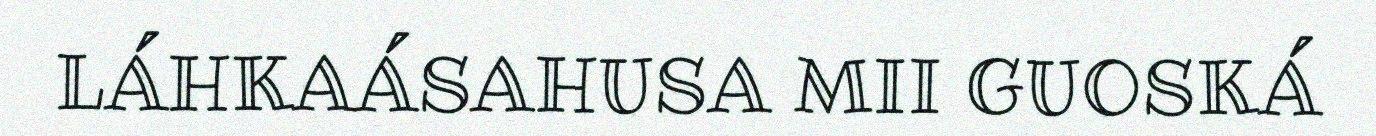
LÁHKAÁSAHUSA MII GUOSKÁ